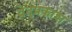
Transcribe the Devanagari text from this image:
वेदप्रकाश